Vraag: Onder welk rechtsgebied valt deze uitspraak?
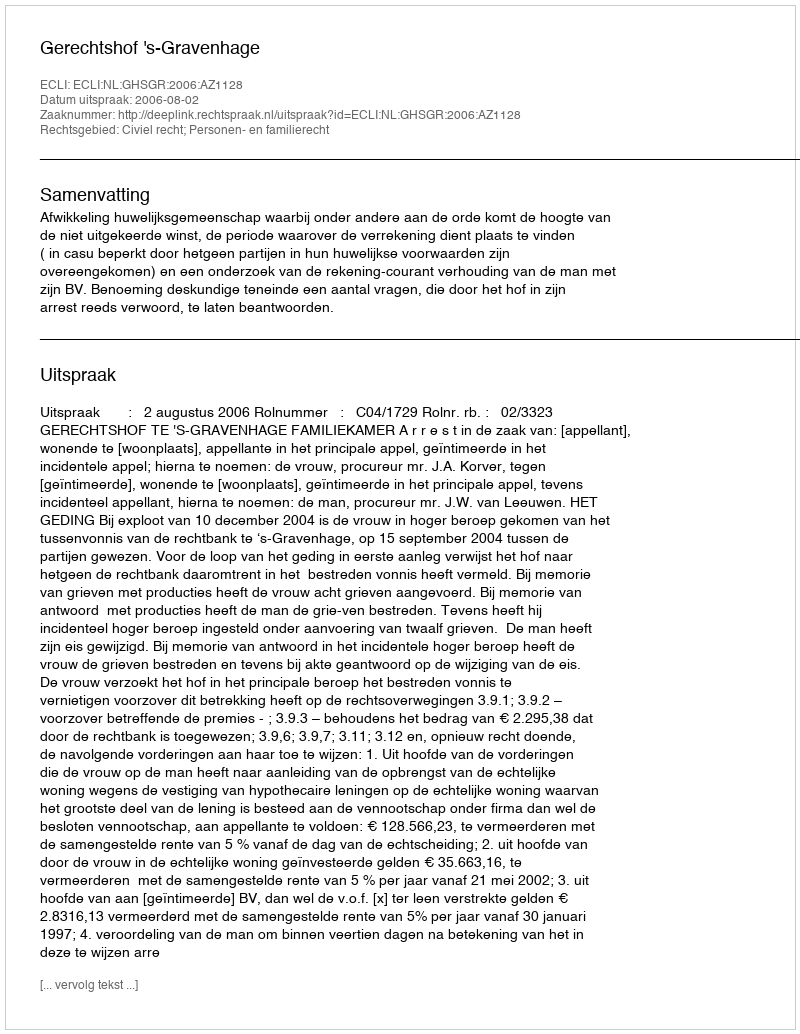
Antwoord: Civiel recht; Personen- en familierecht